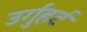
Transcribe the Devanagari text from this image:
उर्गुंहर्ट